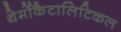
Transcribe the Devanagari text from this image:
थेर्मोकैटालिटिकल